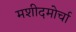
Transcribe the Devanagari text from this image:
मशीदमोर्चा